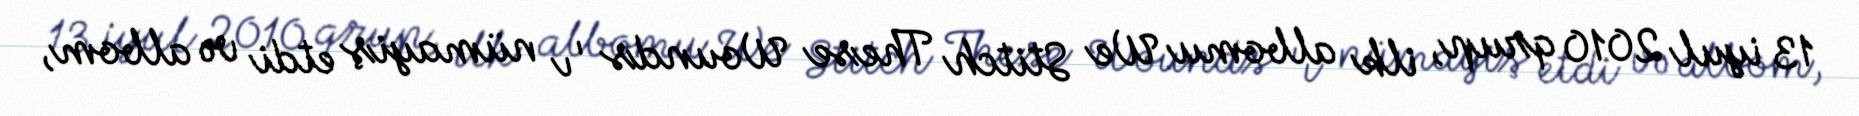
13 iyul 2010 qrup, ilk albomu We Stitch These Wounds 'ı nümayiş etdi və albom,